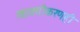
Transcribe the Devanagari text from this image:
खाजगीकरणही